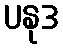
ပနုဒ